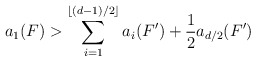
\begin{align*} a_1(F) > \sum_{i=1}^{\lfloor (d-1)/2 \rfloor} a_i(F')+ \frac{1}{2} a_{d/2}(F')\end{align*}